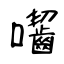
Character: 囓